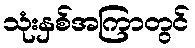
သုံးနှစ်အကြာတွင်